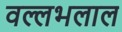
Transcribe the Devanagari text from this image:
वल्लभलाल